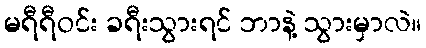
မရီရီဝင်း ခရီးသွားရင် ဘာနဲ့ သွားမှာလဲ။